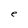
Character: e